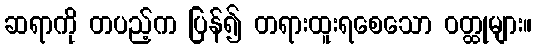
ဆရာကို တပည့်က ပြန်၍ တရားထူးရစေသော ဝတ္ထုများ။